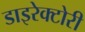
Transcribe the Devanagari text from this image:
डाइरेक्टोरी